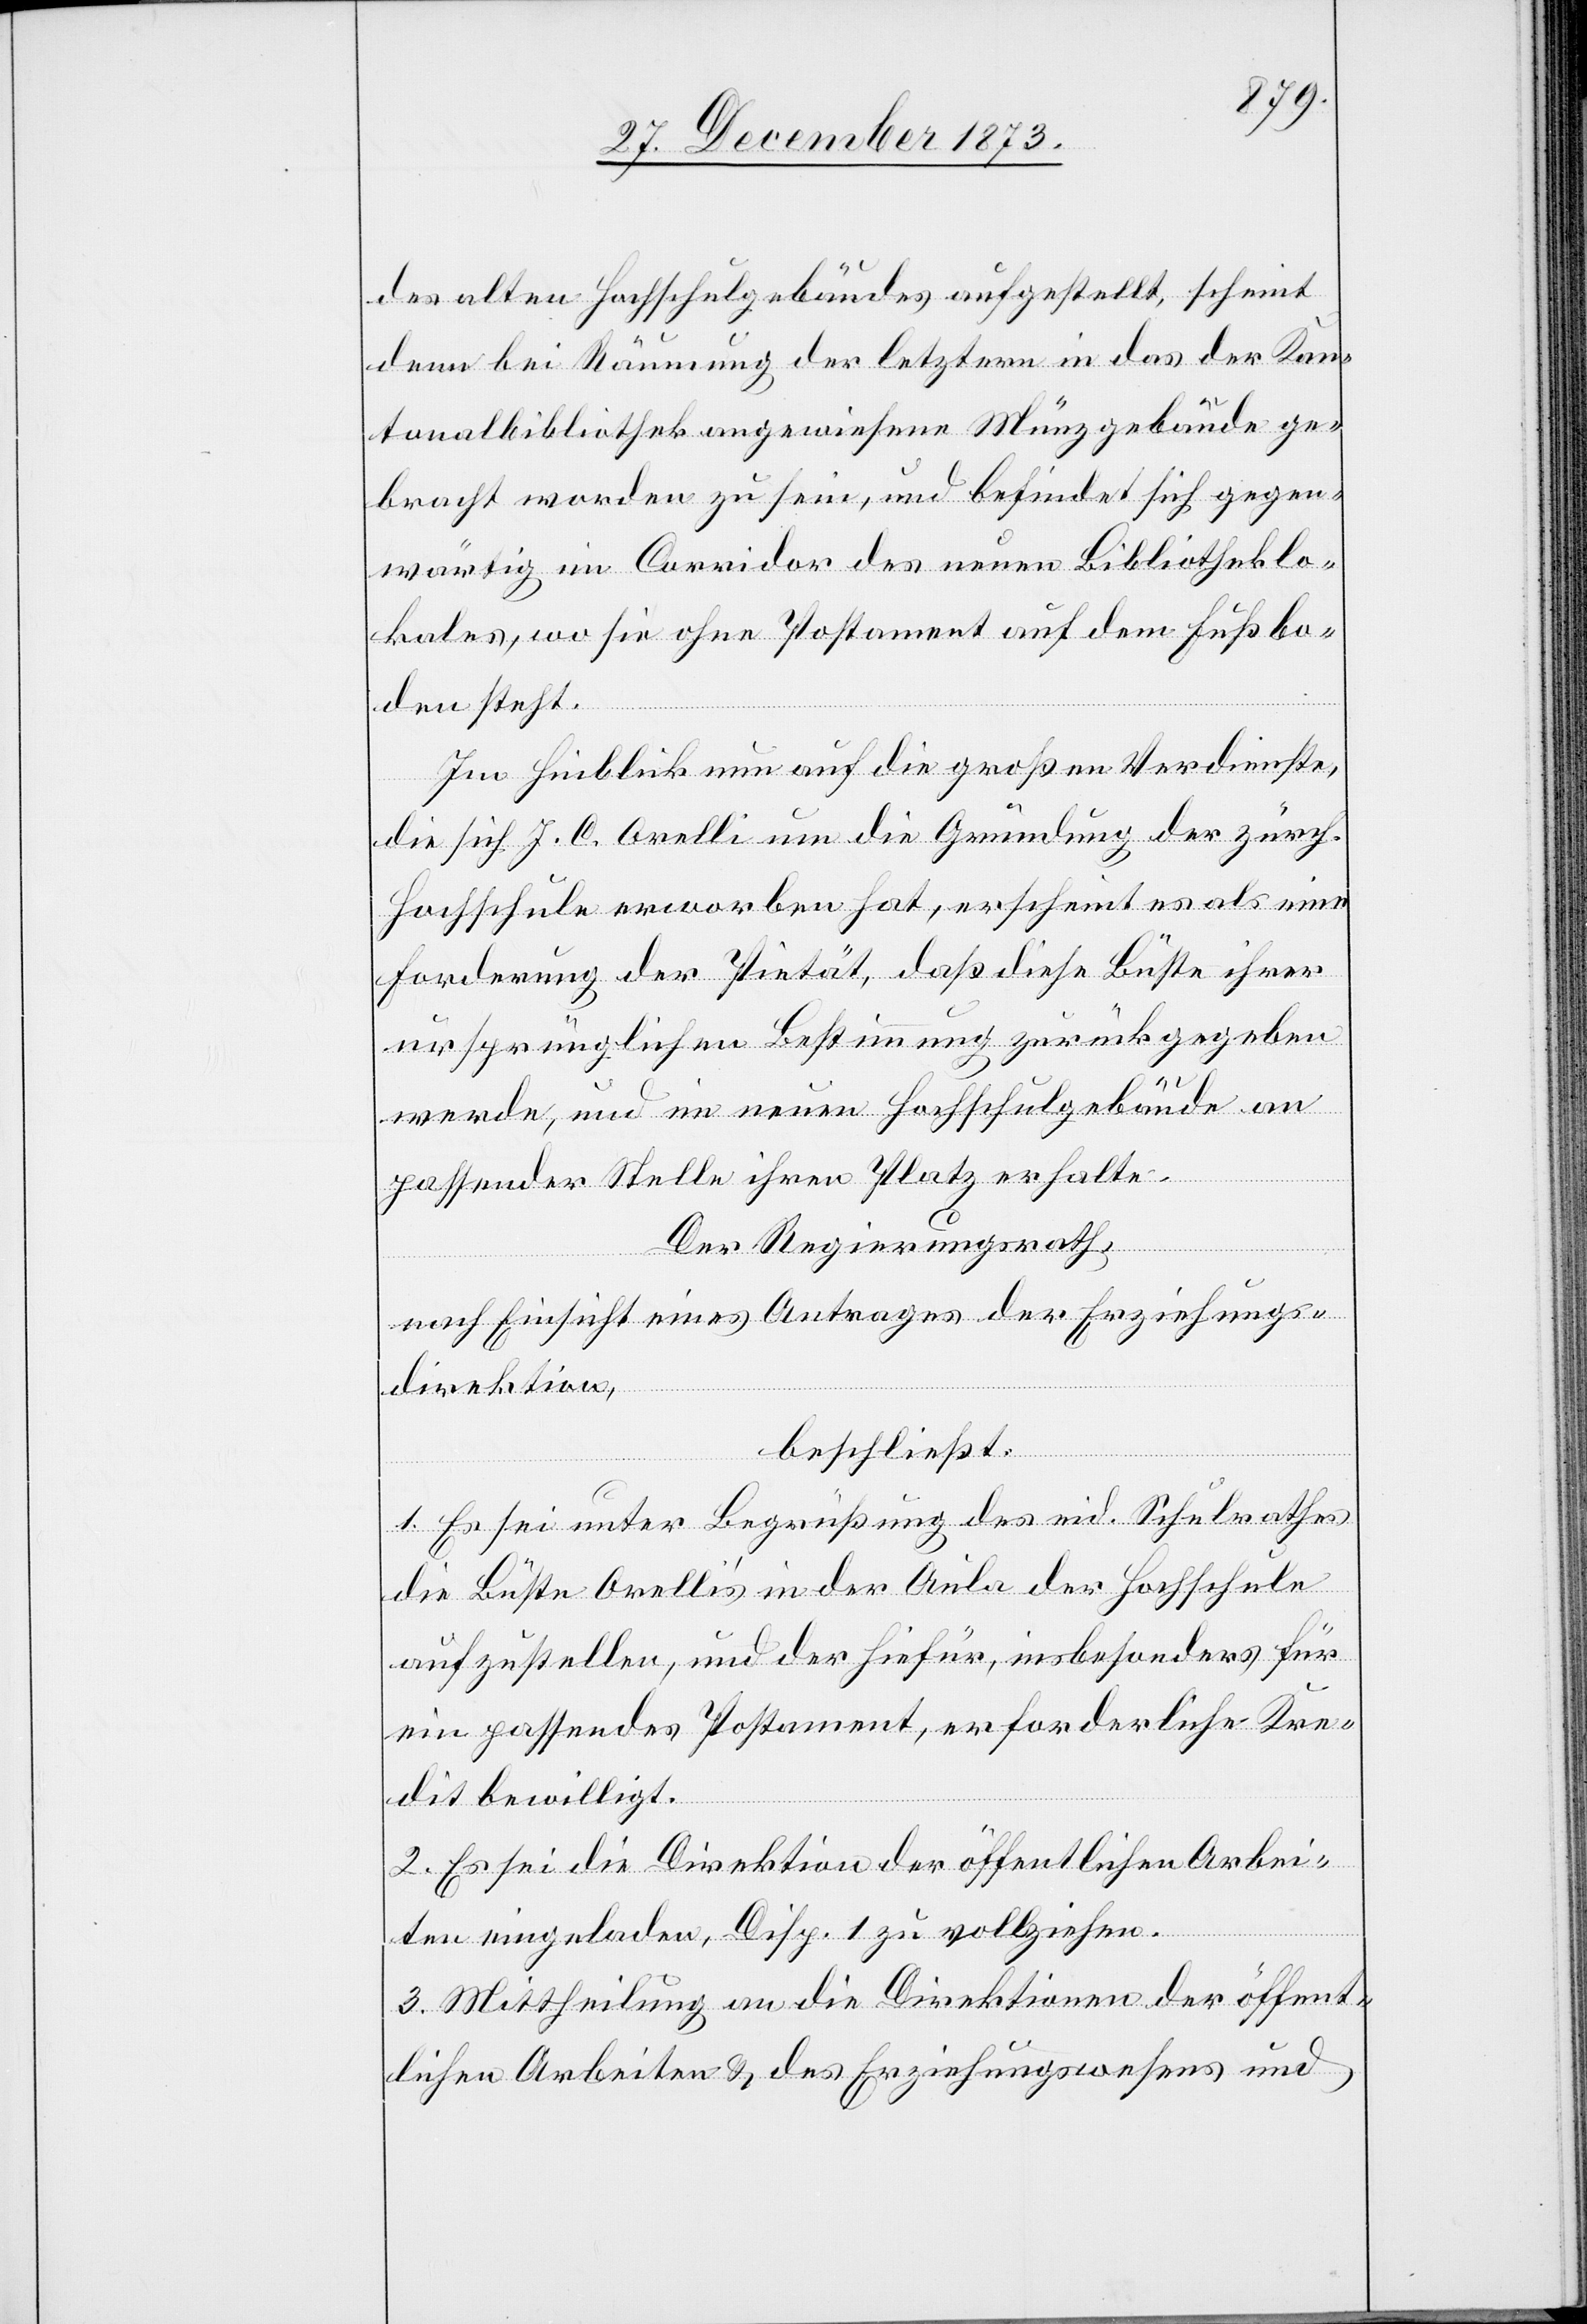
des alten Hochschulgebäudes aufgestellt, scheint
denn bei Räumung der letztern in das der Kan¬
tonalbibliothek angewiesene Münzgebäude ge¬
bracht worden zu sein, und befindet sich gegen¬
wärtig im Corridor des neuen Bibliotheklo¬
kales, wo sie ohne Postament auf dem Fußbo¬
den steht.
Im Hinblick nun auf die großen Verdienste,
die sich J. C. Orelli um die Gründung der zürch.
Hochschule erworben hat, erscheint es als eine
Forderung der Pietät, daß diese Büste ihrer
ursprünglichen Bestimmung zurückgegeben
werde, und im neuen Hochschulgebäude an
passender Stelle ihren Platz erhalte.
Der Regierungsrath,
nach Einsicht eines Antrages der Erziehungs¬
direktion,
beschließt:
1. E sei unter Begrüßung des eid. Schulrathes
die Büste Orelli’s in der Aula der Hochschule
aufzustellen, und der hiefür, insbesonders für
ein passendes Postament, erforderliche Kre¬
dit bewilligt.
2. Es sei die Direktion der öffentlichen Arbei¬
ten eingeladen, Disp. 1 zu vollziehen.
3. Mittheilung an die Direktionen der öffent¬
lichen Arbeiten & des Erziehungswesens und